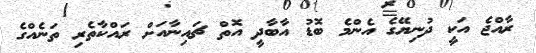
ރާއްޖެ އަކީ ދުނިޔޭގެ އެންމެ ބޮޑު އާބާދީ އޮތް ޗައިނާއަށް ރައްކާތެރި ތަނެއްގެ